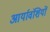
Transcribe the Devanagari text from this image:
आर्यावंशियों